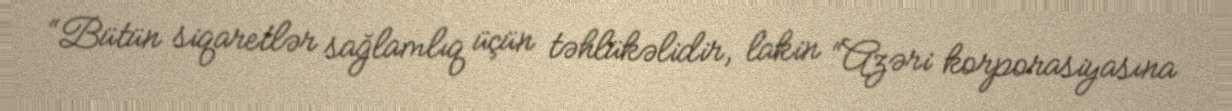
“Bütün siqaretlər sağlamlıq üçün təhlükəlidir, lakin “Azəri korporasiyasına